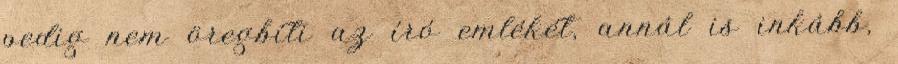
pedig nem öregbíti az író emlékét, annál is inkább,